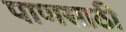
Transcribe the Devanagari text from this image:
पाणसाठी